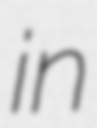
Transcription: in